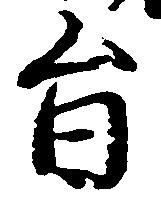
旨